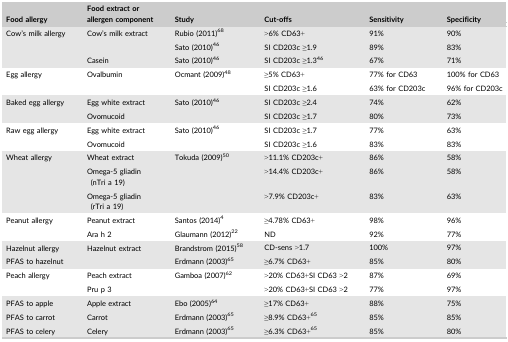
<table><thead><tr><td><b>Food allergy</b></td><td><b>Food extract or allergen component</b></td><td><b>Study</b></td><td><b>Cut‐offs</b></td><td><b>Sensitivity</b></td><td><b>Specificity</b></td></tr></thead><tbody><tr><td rowspan="3">Cow&#x27;s milk allergy</td><td rowspan="2">Cow&#x27;s milk extract</td><td>Rubio (2011)68</td><td>&gt;6% CD63+</td><td>91%</td><td>90%</td></tr><tr><td>Sato (2010)46</td><td>SI CD203c ≥1.9</td><td>89%</td><td>83%</td></tr><tr><td>Casein</td><td>Sato (2010)46</td><td>SI CD203c ≥1.3<sup>46</sup></td><td>67%</td><td>71%</td></tr><tr><td rowspan="2">Egg allergy</td><td rowspan="2">Ovalbumin</td><td rowspan="2">Ocmant (2009)48</td><td>≥5% CD63+</td><td>77% for CD63</td><td>100% for CD63</td></tr><tr><td>SI CD203c ≥1.6</td><td>63% for CD203c</td><td>96% for CD203c</td></tr><tr><td rowspan="2">Baked egg allergy</td><td>Egg white extract</td><td rowspan="2">Sato (2010)46</td><td>SI CD203c ≥2.4</td><td>74%</td><td>62%</td></tr><tr><td>Ovomucoid</td><td>SI CD203c ≥1.7</td><td>80%</td><td>73%</td></tr><tr><td rowspan="2">Raw egg allergy</td><td>Egg white extract</td><td rowspan="2">Sato (2010)46</td><td>SI CD203c ≥1.7</td><td>77%</td><td>63%</td></tr><tr><td>Ovomucoid</td><td>SI CD203c ≥1.6</td><td>83%</td><td>83%</td></tr><tr><td rowspan="3">Wheat allergy</td><td>Wheat extract</td><td rowspan="3">Tokuda (2009)50</td><td>&gt;11.1% CD203c+</td><td>86%</td><td>58%</td></tr><tr><td>Omega‐5 gliadin (nTri a 19)</td><td>&gt;14.4% CD203c+</td><td>86%</td><td>58%</td></tr><tr><td>Omega‐5 gliadin (rTri a 19)</td><td>&gt;7.9% CD203c+</td><td>83%</td><td>63%</td></tr><tr><td rowspan="2">Peanut allergy</td><td>Peanut extract</td><td>Santos (2014)4</td><td>≥4.78% CD63+</td><td>98%</td><td>96%</td></tr><tr><td>Ara h 2</td><td>Glaumann (2012)22</td><td>ND</td><td>92%</td><td>77%</td></tr><tr><td>Hazelnut allergy</td><td rowspan="2">Hazelnut extract</td><td>Brandstrom (2015)58</td><td>CD‐sens &gt;1.7</td><td>100%</td><td>97%</td></tr><tr><td>PFAS to hazelnut</td><td>Erdmann (2003)65</td><td>≥6.7% CD63+</td><td>85%</td><td>80%</td></tr><tr><td rowspan="2">Peach allergy</td><td>Peach extract</td><td rowspan="2">Gamboa (2007)62</td><td>&gt;20% CD63+SI CD63 &gt;2</td><td>87%</td><td>69%</td></tr><tr><td>Pru p 3</td><td>&gt;20% CD63+SI CD63 &gt;2</td><td>77%</td><td>97%</td></tr><tr><td>PFAS to apple</td><td>Apple extract</td><td>Ebo (2005)64</td><td>≥17% CD63+</td><td>88%</td><td>75%</td></tr><tr><td>PFAS to carrot</td><td>Carrot</td><td>Erdmann (2003)65</td><td>≥8.9% CD63+<sup>65</sup></td><td>85%</td><td>85%</td></tr><tr><td>PFAS to celery</td><td>Celery</td><td>Erdmann (2003)65</td><td>≥6.3% CD63+<sup>65</sup></td><td>85%</td><td>80%</td></tr></tbody></table>